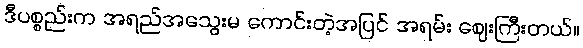
ဒီပစ္စည်းက အရည်အသွေးမ ကောင်းတဲ့အပြင် အရမ်း ဈေးကြီးတယ်။